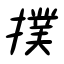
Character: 撲